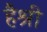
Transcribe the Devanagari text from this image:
हैश्री